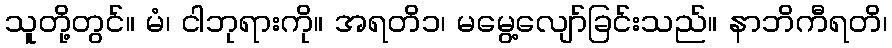
သူတို့တွင်။ မံ၊ ငါဘုရားကို။ အရတိ၁၊ မမွေ့လျော်ခြင်းသည်။ နာဘိကီရတိ၊